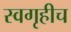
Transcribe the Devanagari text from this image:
स्वगृहीच